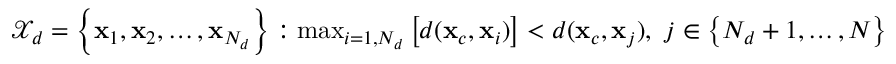
\begin{array} { r l } & { \mathcal { X } _ { d } = \left\{ \mathbf { x } _ { 1 } , \mathbf { x } _ { 2 } , \dotsc , \mathbf { x } _ { N _ { d } } \right\} : \operatorname* { m a x } _ { i = 1 , N _ { d } } \left[ d ( \mathbf { x } _ { c } , \mathbf { x } _ { i } ) \right] < d ( \mathbf { x } _ { c } , \mathbf { x } _ { j } ) , \ j \in \left\{ N _ { d } + 1 , \dotsc , N \right\} } \end{array}